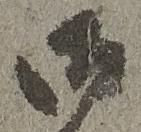
御